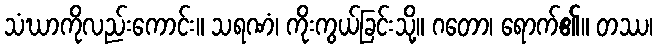
သံဃာကိုလည်းကောင်း။ သရဏံ၊ ကိုးကွယ်ခြင်းသို့။ ဂတော၊ ရောက်၏။ တဿ၊